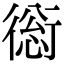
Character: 𧗺